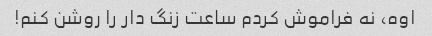
اوه، نه فراموش کردم ساعت زنگ دار را روشن کنم!